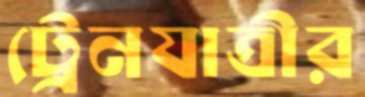
ট্রেনযাত্রীর